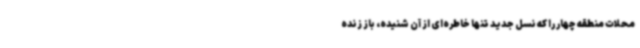
محلات منطقه چهار را که نسل جدید تنها خاطره‌ای از آن شنیده، باز زنده